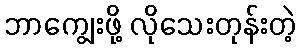
ဘာကျွေးဖို့ လိုသေးတုန်းတဲ့